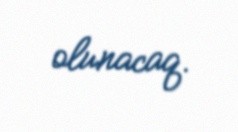
olunacaq.